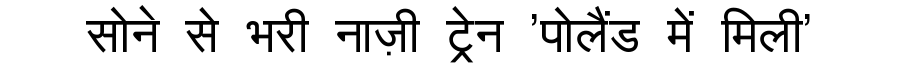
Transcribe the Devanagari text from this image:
सोने से भरी नाज़ी ट्रेन 'पोलैंड में मिली'